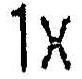
1X